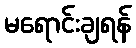
မရောင်းချရန်